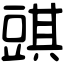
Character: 𧯯